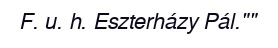
F. u. h. Eszterházy Pál.""